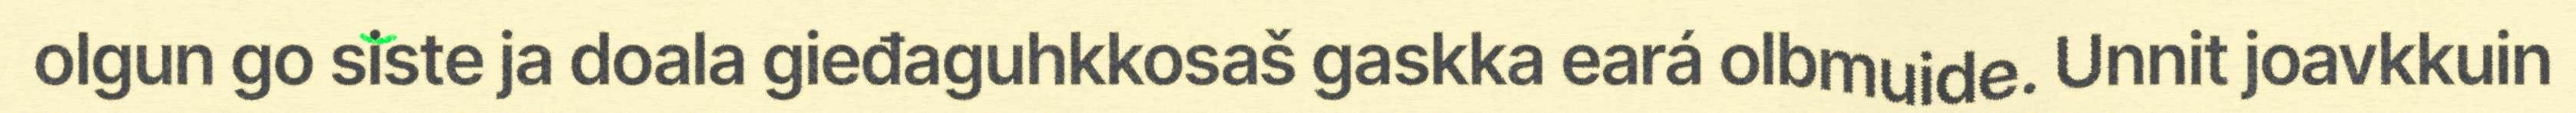
olgun go siste ja doala gieđaguhkkosaš gaskka eará olbmuide. Unnit joavkkuin